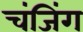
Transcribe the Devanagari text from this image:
चंजिंग